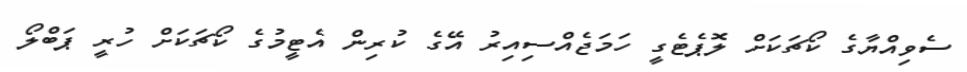
ސެވިއްޔާގެ ކޯޗަކަށް ލޮޕެޓެގީ ހަަމަޖެއްސިއިރު އޭގެ ކުރިން އެޓީމުގެ ކޯޗަކަށް ހުރީ ޕަބްލޯ